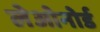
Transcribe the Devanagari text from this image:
लेओनोर्ड